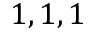
1 , 1 , 1